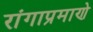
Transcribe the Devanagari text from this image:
रांगाप्रमाणे